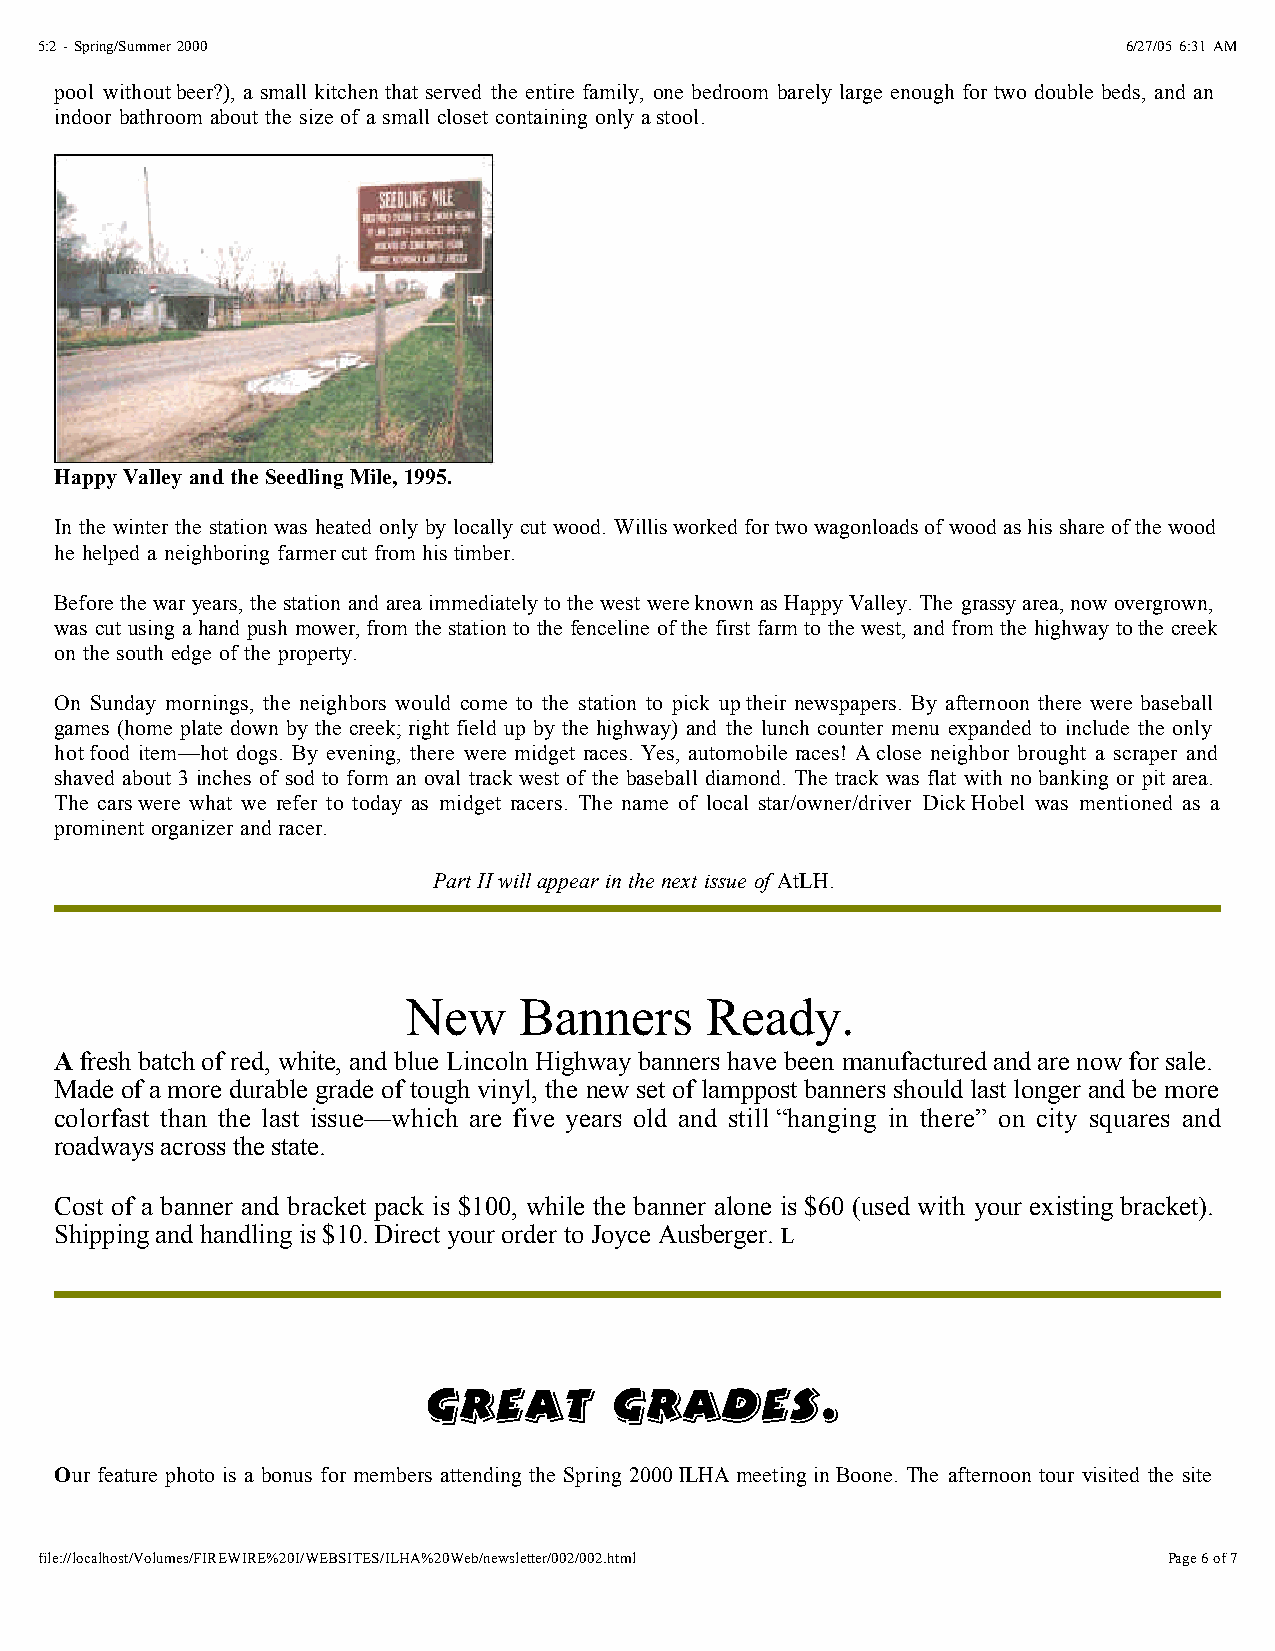
5:2 - Spring/Summer 2000                                                 6/27/05 6:31 AM
 pool withoutbeer?), a small kitchen that served the entire family, one bedroom barely large enough for two double beds, and an
 indoor bathroom about the size of a small closet containing only astool.
 Happy Valley and the Seedling Mile, 1995.
 In the winter the station was heated only by locally cut wood. Willisworked for two wagonloads of wood as his share of the wood
 he helped a neighboring farmercut from his timber.
 Before the war years, the station and area immediately to the west wereknown as Happy Valley. The grassy area, now overgrown,
 was cut using a hand push mower,from the station to the fenceline of the first farm to the west, and from the highway tothe creek
 on the south edge of the property.
 On Sunday mornings, the neighbors would come to the station to pick uptheir newspapers. By afternoon there were baseball
 games (home plate down by the creek;right field up by the highway) and the lunch counter menu expanded to include the only
 hotfood item—hot dogs. By evening, there were midget races. Yes, automobile races! Aclose neighbor brought a scraper and
 shaved about 3 inches of sod to form an oval track west of the baseball diamond. The track was flat with no banking or pit area.
 The carswere what we refer to today as midget racers. The name of local star/owner/driver DickHobel was mentioned as a
 prominent organizer and racer.
 Part II will appear in the next issue of AtLH.
 New    Banners      Ready.
 A fresh batch of red, white, and blue Lincoln Highway banners have been manufactured and are now for sale.
 Made of a more durable grade of tough vinyl, the new set of lamppost banners should last longer and be more
 colorfast than the last issue—which are five years old and still “hanging in there” on city squares and
 roadways across the state.
 Cost of a banner and bracket pack is $100, while the banner alone is $60 (used with your existing bracket).
 Shipping and handling is $10. Direct your order to Joyce Ausberger. L
 Great        Grades.
 Our feature photo is a bonus for members attending the Spring 2000ILHA meeting in Boone. The afternoon tour visited the site
 file://localhost/Volumes/FIREWIRE%20I/WEBSITES/ILHA%20Web/newsletter/002/002.html Page 6 of 7